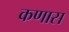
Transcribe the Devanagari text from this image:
कणास